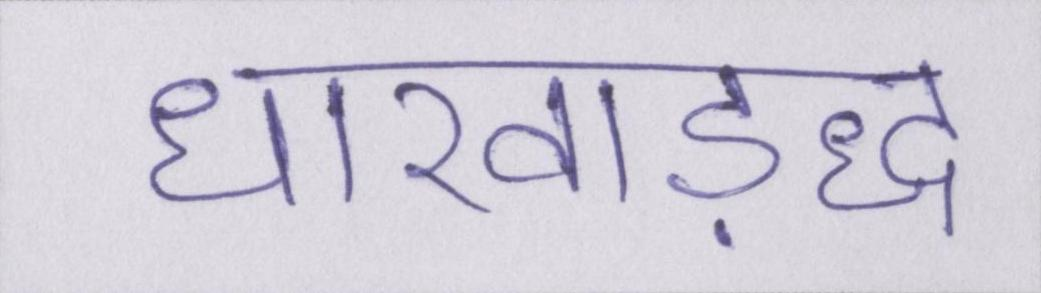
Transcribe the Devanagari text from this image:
धारवाड़द्ध